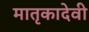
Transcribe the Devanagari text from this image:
मातृकादेवी